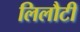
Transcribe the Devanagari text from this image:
लिलौटी